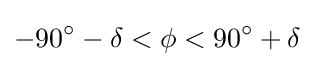
-90^{\circ }-\delta <\phi <90^{\circ }+\delta